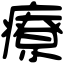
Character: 療